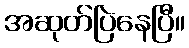
အဆုတ်ပြဲနေပြီ။